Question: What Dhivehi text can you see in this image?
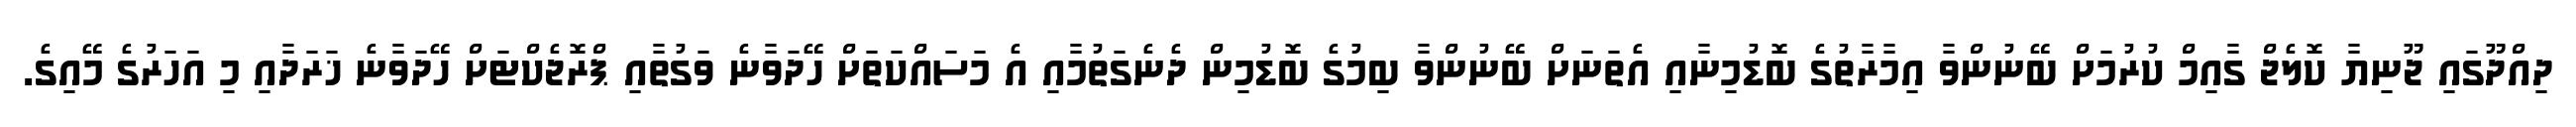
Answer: ދިއްދޫގައި ޖޫނިޔާ ކޮލެޖް ގާއިމް ކުރުމަށް ބޭނުންވާ އިމާރާތުގެ ބޮޑުމިނާއި އެތަނަށް ބޭނުންވާ ބިމުގެ ބޮޑުމިން ދެނެގަތުމާއި އެ މަސައްކަތަށް ހޭދަވާނެ ވަގުތާއި ޕްރޮޖެކްޓަށް ހޭދަވާނެ ޚަރަދާއި މި އަހަރުގެ މޭއިގެ.